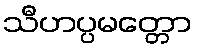
သီဟပ္ပမတ္တော